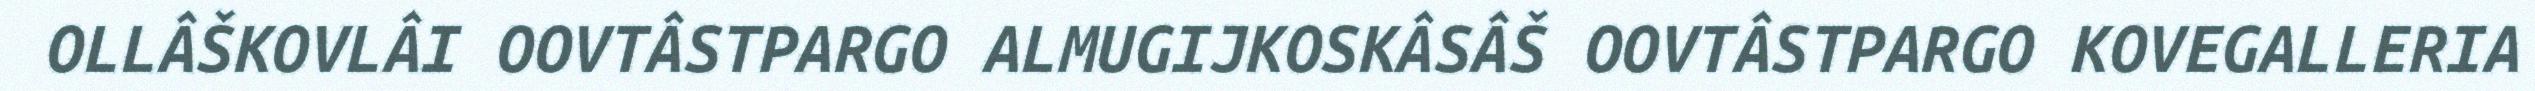
OLLÂŠKOVLÂI OOVTÂSTPARGO ALMUGIJKOSKÂSÂŠ OOVTÂSTPARGO KOVEGALLERIA